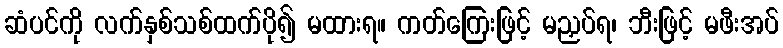
ဆံပင်ကို လက်နှစ်သစ်ထက်ပို၍ မထားရ။ ကတ်ကြေးဖြင့် မညှပ်ရ၊ ဘီးဖြင့် မဖီးအပ်